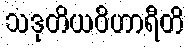
သဒုတိယဝိဟာရီတိ